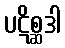
ပဋိစ္ဆဒါ